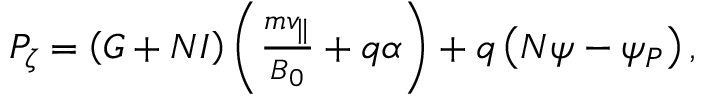
\begin{array} { r } { P _ { \zeta } = \left( G + N I \right) \left( \frac { m v _ { \| } } { B _ { 0 } } + q \alpha \right) + q \left( N \psi - \psi _ { P } \right) , } \end{array}